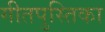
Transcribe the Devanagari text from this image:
गीतपुस्तिका